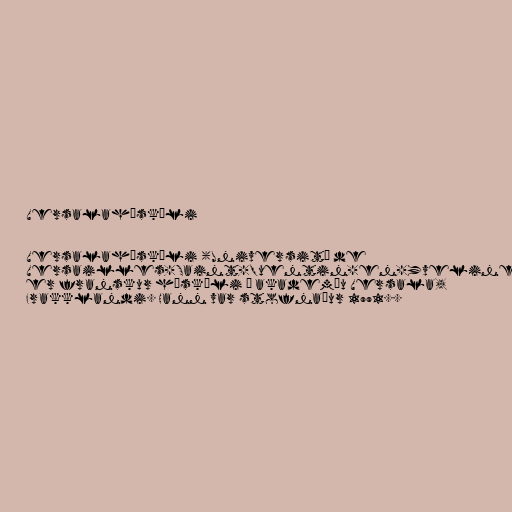
Versalaháskóli

Versalaháskóli (Université de
Versailles-Saint-Quentin-en-Yvelines)
er franskur háskóli í akademíu Versala,
Frakklandi. Hann var stofnaður 1991..